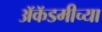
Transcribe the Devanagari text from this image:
अॅकॅडमीच्या